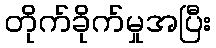
တိုက်ခိုက်မှုအပြီး